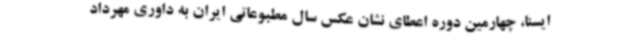
ایسنا، چهارمین دوره اعطای نشان عکس سال مطبوعاتی ایران به داوری مهرداد